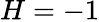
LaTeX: H=-1